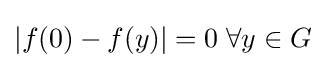
|f(0)-f(y)|=0\;\forall y\in G